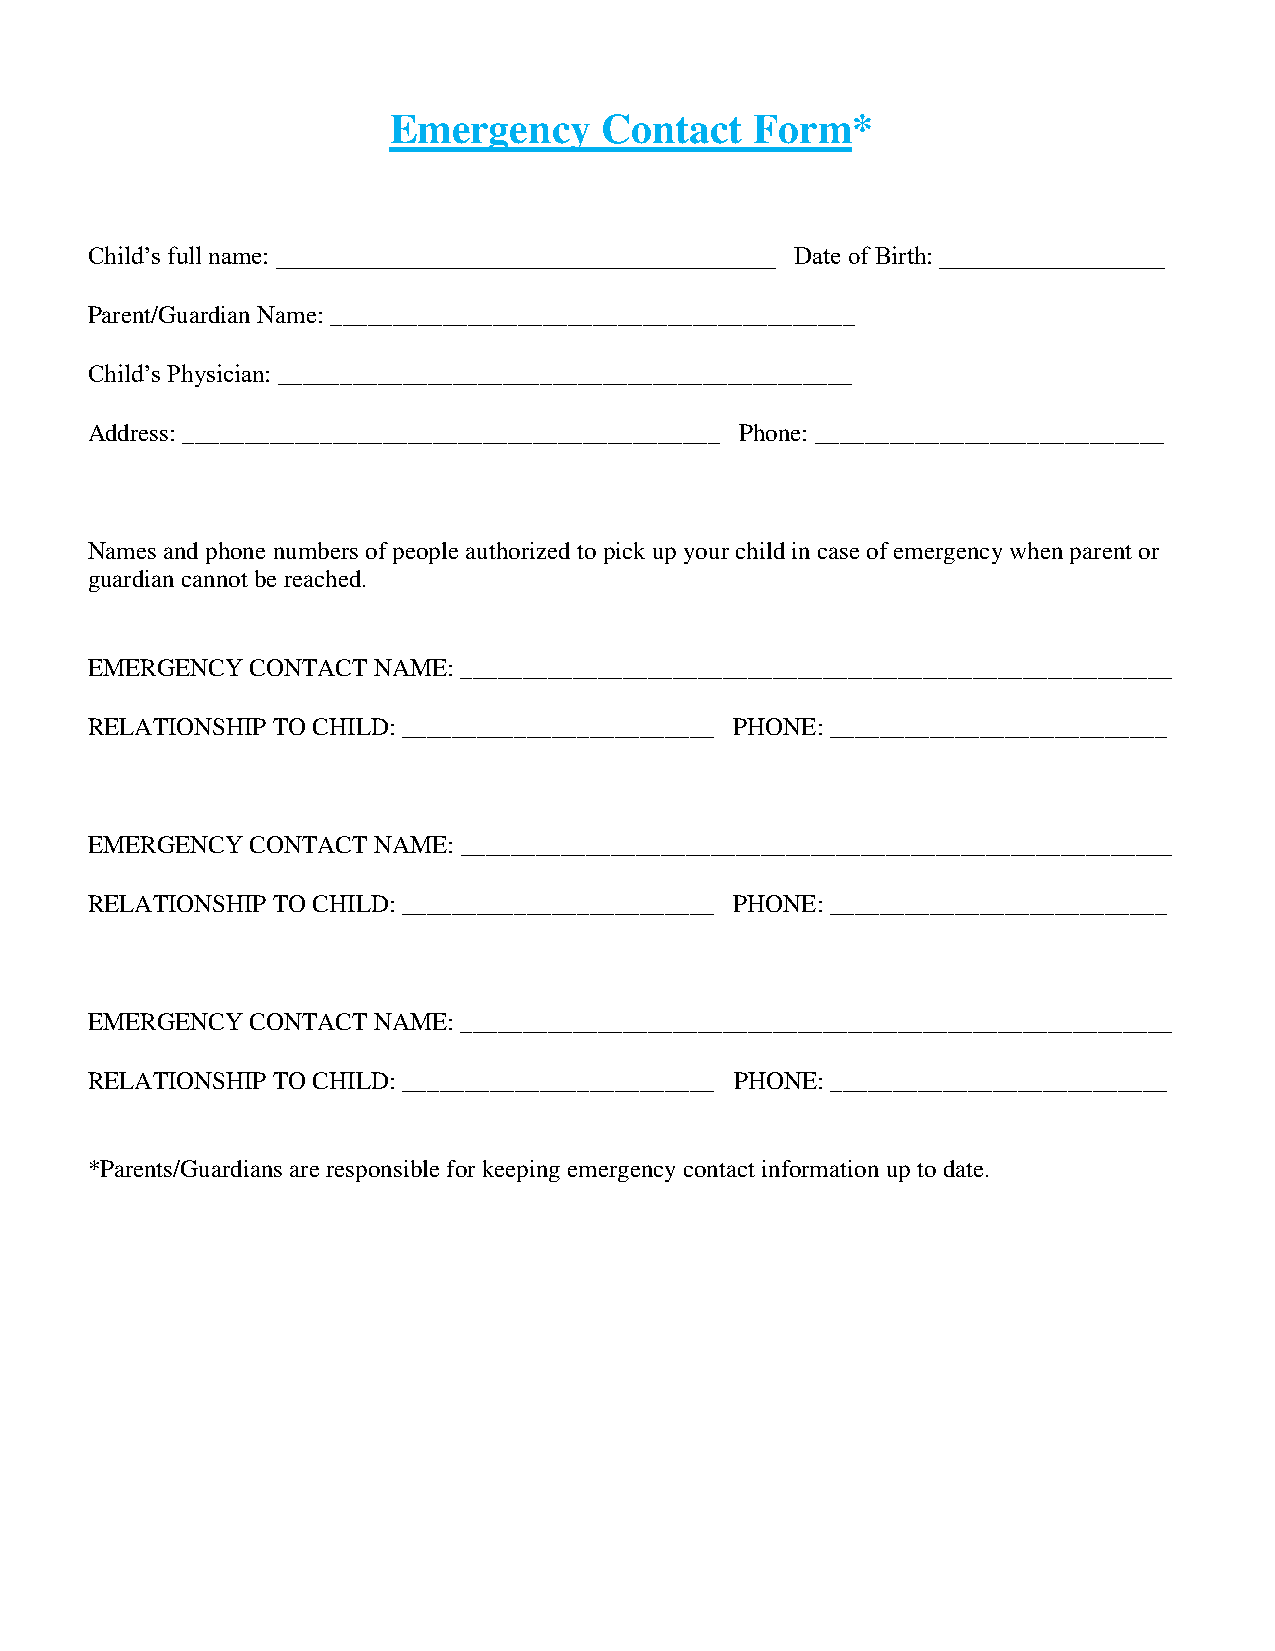
Emergency     Contact   Form*
 Child’s full name: ________________________________________ Date of Birth: __________________
 Parent/Guardian Name: __________________________________________
 Child’s Physician: ______________________________________________
 Address: ___________________________________________ Phone: ____________________________
 Names and phone numbers of people authorized to pick up your child in case of emergency when parent or
 guardian cannot be reached.
 EMERGENCY  CONTACT NAME: _________________________________________________________
 RELATIONSHIP TO CHILD: _________________________ PHONE: ___________________________
 EMERGENCY  CONTACT NAME: _________________________________________________________
 RELATIONSHIP TO CHILD: _________________________ PHONE: ___________________________
 EMERGENCY  CONTACT NAME: _________________________________________________________
 RELATIONSHIP TO CHILD: _________________________ PHONE: ___________________________
 *Parents/Guardians are responsible for keeping emergency contact information up to date.